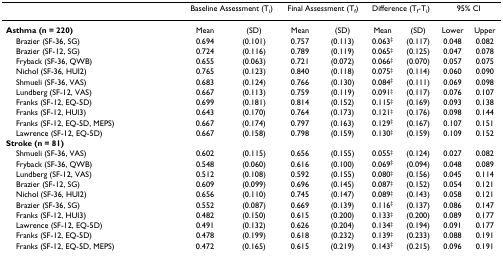
<table><thead><tr><td></td><td colspan="2"><b>Baseline Assessment (T<sub>i</sub>)</b></td><td colspan="2"><b>Final Assessment (T<sub>f</sub>)</b></td><td colspan="2"><b>Difference (T<sub>f</sub>-T<sub>i</sub>)</b></td><td colspan="2"><b>95% CI</b></td></tr></thead><tbody><tr><td><b>Asthma (n = 220)</b></td><td>Mean</td><td>(SD)</td><td>Mean</td><td>(SD)</td><td>Mean</td><td>(SD)</td><td>Lower</td><td>Upper</td></tr><tr><td> Brazier (SF-36, SG)</td><td>0.694</td><td>(0.101)</td><td>0.757</td><td>(0.113)</td><td>0.063<sup>‡</sup></td><td>(0.117)</td><td>0.048</td><td>0.082</td></tr><tr><td> Brazier (SF-12, SG)</td><td>0.724</td><td>(0.116)</td><td>0.789</td><td>(0.119)</td><td>0.065<sup>‡</sup></td><td>(0.125)</td><td>0.047</td><td>0.078</td></tr><tr><td> Fryback (SF-36, QWB)</td><td>0.655</td><td>(0.063)</td><td>0.721</td><td>(0.072)</td><td>0.066<sup>‡</sup></td><td>(0.070)</td><td>0.057</td><td>0.075</td></tr><tr><td> Nichol (SF-36, HUI2)</td><td>0.765</td><td>(0.123)</td><td>0.840</td><td>(0.118)</td><td>0.075<sup>‡</sup></td><td>(0.114)</td><td>0.060</td><td>0.090</td></tr><tr><td> Shmueli (SF-36, VAS)</td><td>0.683</td><td>(0.124)</td><td>0.766</td><td>(0.130)</td><td>0.084<sup>‡</sup></td><td>(0.111)</td><td>0.069</td><td>0.098</td></tr><tr><td> Lundberg (SF-12, VAS)</td><td>0.667</td><td>(0.113)</td><td>0.759</td><td>(0.119)</td><td>0.091<sup>‡</sup></td><td>(0.117)</td><td>0.076</td><td>0.107</td></tr><tr><td> Franks (SF-12, EQ-5D)</td><td>0.699</td><td>(0.181)</td><td>0.814</td><td>(0.152)</td><td>0.115<sup>‡</sup></td><td>(0.169)</td><td>0.093</td><td>0.138</td></tr><tr><td> Franks (SF-12, HUI3)</td><td>0.643</td><td>(0.170)</td><td>0.764</td><td>(0.173)</td><td>0.121<sup>‡</sup></td><td>(0.176)</td><td>0.098</td><td>0.144</td></tr><tr><td> Franks (SF-12, EQ-5D, MEPS)</td><td>0.667</td><td>(0.174)</td><td>0.797</td><td>(0.163)</td><td>0.129<sup>‡</sup></td><td>(0.167)</td><td>0.107</td><td>0.151</td></tr><tr><td> Lawrence (SF-12, EQ-5D)</td><td>0.667</td><td>(0.158)</td><td>0.798</td><td>(0.159)</td><td>0.130<sup>‡</sup></td><td>(0.159)</td><td>0.109</td><td>0.152</td></tr><tr><td><b>Stroke (n = 81)</b></td><td></td><td></td><td></td><td></td><td></td><td></td><td></td><td></td></tr><tr><td> Shmueli (SF-36, VAS)</td><td>0.602</td><td>(0.115)</td><td>0.656</td><td>(0.155)</td><td>0.055<sup>‡</sup></td><td>(0.124)</td><td>0.027</td><td>0.082</td></tr><tr><td> Fryback (SF-36, QWB)</td><td>0.548</td><td>(0.060)</td><td>0.616</td><td>(0.100)</td><td>0.069<sup>‡</sup></td><td>(0.094)</td><td>0.048</td><td>0.089</td></tr><tr><td> Lundberg (SF-12, VAS)</td><td>0.512</td><td>(0.108)</td><td>0.592</td><td>(0.155)</td><td>0.080<sup>‡</sup></td><td>(0.156)</td><td>0.045</td><td>0.114</td></tr><tr><td> Brazier (SF-12, SG)</td><td>0.609</td><td>(0.099)</td><td>0.696</td><td>(0.145)</td><td>0.087<sup>‡</sup></td><td>(0.152)</td><td>0.054</td><td>0.121</td></tr><tr><td> Nichol (SF-36, HUI2)</td><td>0.656</td><td>(0.110)</td><td>0.745</td><td>(0.147)</td><td>0.089<sup>‡</sup></td><td>(0.143)</td><td>0.058</td><td>0.121</td></tr><tr><td> Brazier (SF-36, SG)</td><td>0.552</td><td>(0.087)</td><td>0.669</td><td>(0.139)</td><td>0.116<sup>‡</sup></td><td>(0.137)</td><td>0.086</td><td>0.147</td></tr><tr><td> Franks (SF-12, HUI3)</td><td>0.482</td><td>(0.150)</td><td>0.615</td><td>(0.200)</td><td>0.133<sup>‡</sup></td><td>(0.200)</td><td>0.089</td><td>0.177</td></tr><tr><td> Lawrence (SF-12, EQ-5D)</td><td>0.491</td><td>(0.132)</td><td>0.626</td><td>(0.204)</td><td>0.134<sup>‡</sup></td><td>(0.194)</td><td>0.091</td><td>0.177</td></tr><tr><td> Franks (SF-12, EQ-5D)</td><td>0.478</td><td>(0.199)</td><td>0.618</td><td>(0.232)</td><td>0.139<sup>‡</sup></td><td>(0.233)</td><td>0.088</td><td>0.191</td></tr><tr><td> Franks (SF-12, EQ-5D, MEPS)</td><td>0.472</td><td>(0.165)</td><td>0.615</td><td>(0.219)</td><td>0.143<sup>‡</sup></td><td>(0.215)</td><td>0.096</td><td>0.191</td></tr></tbody></table>